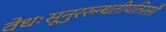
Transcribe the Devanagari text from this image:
वेधःसूनुररुन्धतीपतिरसौ